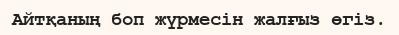
Айтқаның боп жүрмесін жалғыз өгіз.